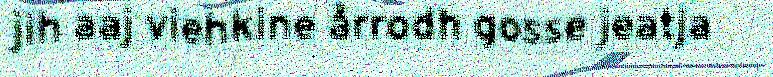
jih aaj viehkine årrodh gosse jeatja